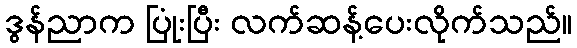
ဒွန်ညာက ပြုံးပြီး လက်ဆန့်ပေးလိုက်သည်။